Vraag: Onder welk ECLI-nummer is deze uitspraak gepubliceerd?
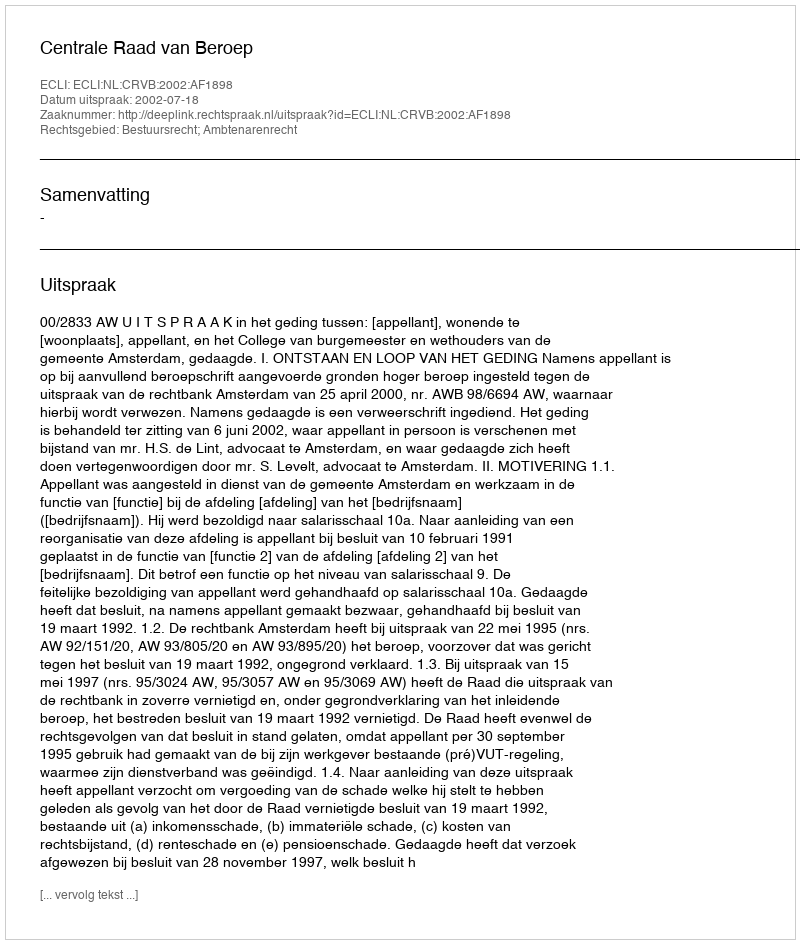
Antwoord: ECLI:NL:CRVB:2002:AF1898